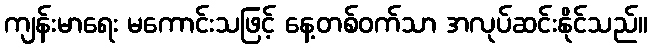
ကျန်းမာရေး မကောင်းသဖြင့် နေ့တစ်ဝက်သာ အလုပ်ဆင်းနိုင်သည်။